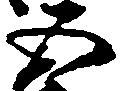
五